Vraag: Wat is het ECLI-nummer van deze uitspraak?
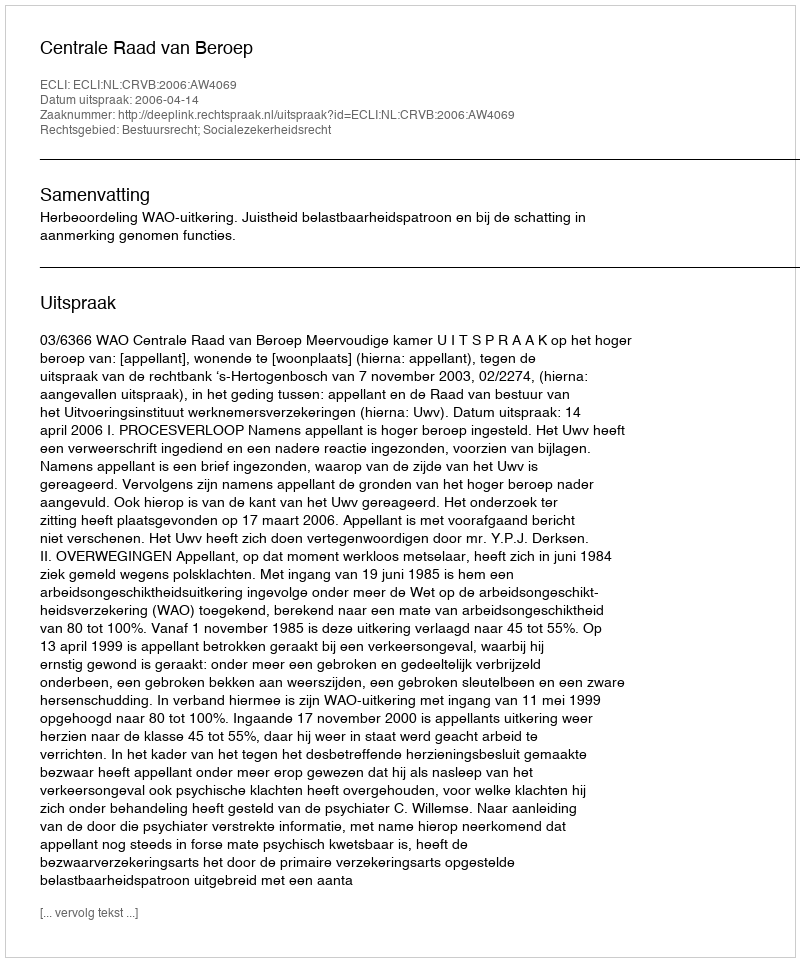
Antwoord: ECLI:NL:CRVB:2006:AW4069